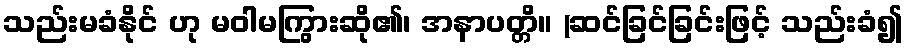
သည်းမခံနိုင် ဟု မဝါမကြွားဆို၏၊ အနာပတ္တိ။ (ဆင်ခြင်ခြင်းဖြင့် သည်းခံ၍